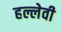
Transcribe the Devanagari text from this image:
हल्लेवी